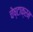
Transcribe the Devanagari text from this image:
चेष्टाक्रम